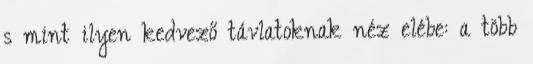
s mint ilyen kedvező távlatoknak néz elébe: a több